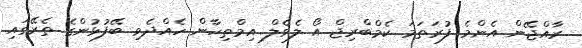
ރާއްޖޭން އެންމެ ފުރަތަމަ ކެމްބްރިޖް އޯ ލެވެލް އިމްތިހާން ހެއްދެވި ބޭފުޅުންގެ ތެރޭގައި